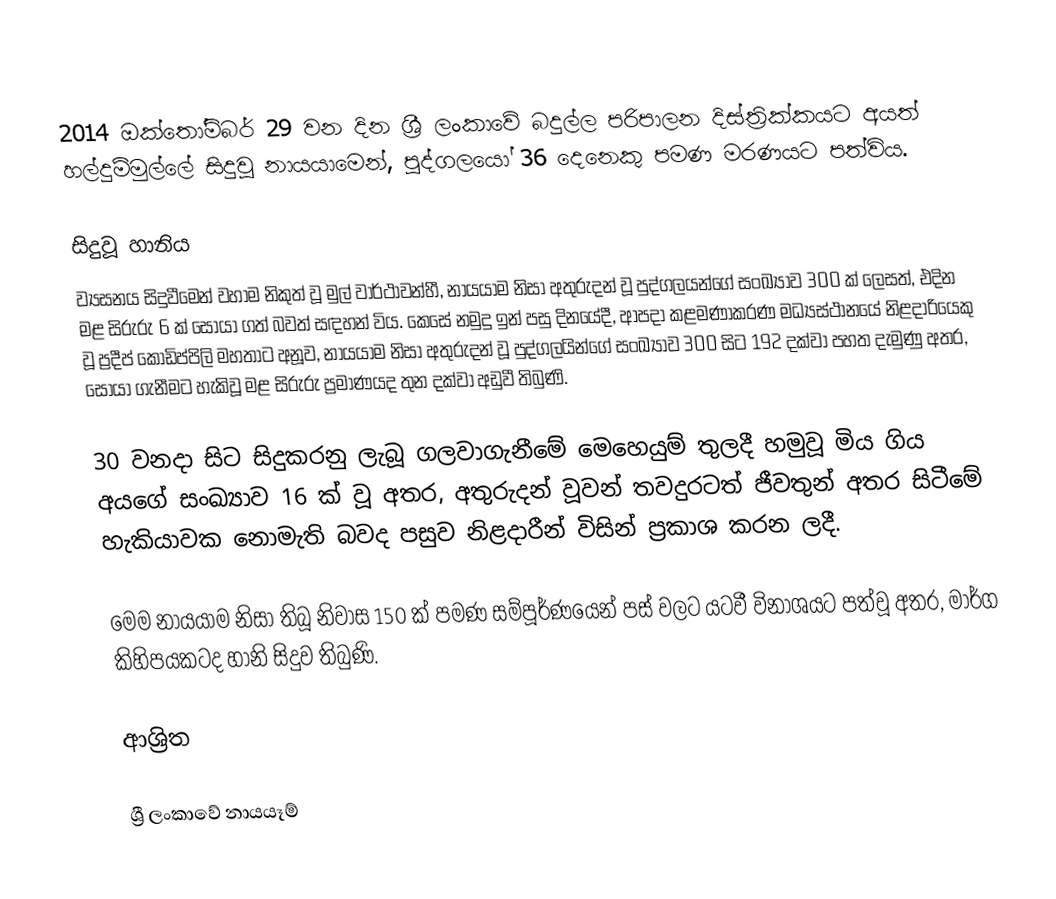
2014 ඔක්තෝම්බර් 29 වන දින ශ්‍රී ලංකාවේ බදුල්ල පරිපාලන දිස්ත්‍රික්කයට අයත්  හල්දුම්මුල්ලේ සිදුවූ නායයාමෙන්, පුද්ගලයෝ 36 දෙනෙකු පමණ මරණයට පත්විය.

සිදුවූ හානිය
ව්‍යසනය සිදුවීමෙන් වහාම නිකුත් වූ මුල් වාර්ථාවන්හී, නායයාම නිසා අතුරුදන් වූ පුද්ගලයන්ගේ සංඛ්‍යාව 300 ක් ලෙසත්, එදින මළ සිරුරු 6 ක් සොයා ගත් බවත් සඳහන් විය. කෙසේ නමුදු ඉන් පසු දිනයේදී, ආපදා කළමණාකරණ මධ්‍යස්ථානයේ නිළදාරියෙකු වූ ප්‍රදීප් කොඩිප්පිලි මහතාට අනූව, නායයාම නිසා අතුරුදන් වූ පුද්ගලයින්ගේ සංඛ්‍යාව 300 සිට 192 දක්වා පහත දැමුණු අතර, සොයා ගැනීමට හැකිවූ මළ සිරුරු ප්‍රමාණයද තුන දක්වා අඩුවී තිබුණි.

30 වනදා සිට සිදුකරනු ලැබූ ගලවාගැනීමේ මෙහෙයුම් තුලදී හමුවූ මිය ගිය අයගේ සංඛ්‍යාව 16 ක් වූ අතර, අතුරුදන් වූවන් තවදුරටත් ජීවතුන් අතර සිටීමේ හැකියාවක නොමැති බවද පසුව නිළදාරීන් විසින් ප්‍රකාශ කරන ලදී.

මෙම නායයාම නිසා තිබූ නිවාස 150 ක් පමණ සම්පූර්ණයෙන් පස් වලට යටවී විනාශයට පත්වූ අතර, මාර්ග කිහිපයකටද හානි සිදුව තිබුණි.

ආශ්‍රිත

ශ්‍රී ලංකාවේ නායයෑම්